Civil Veterinary Department Bengal reports 1933-51 - 1933-1951
Year: 1933
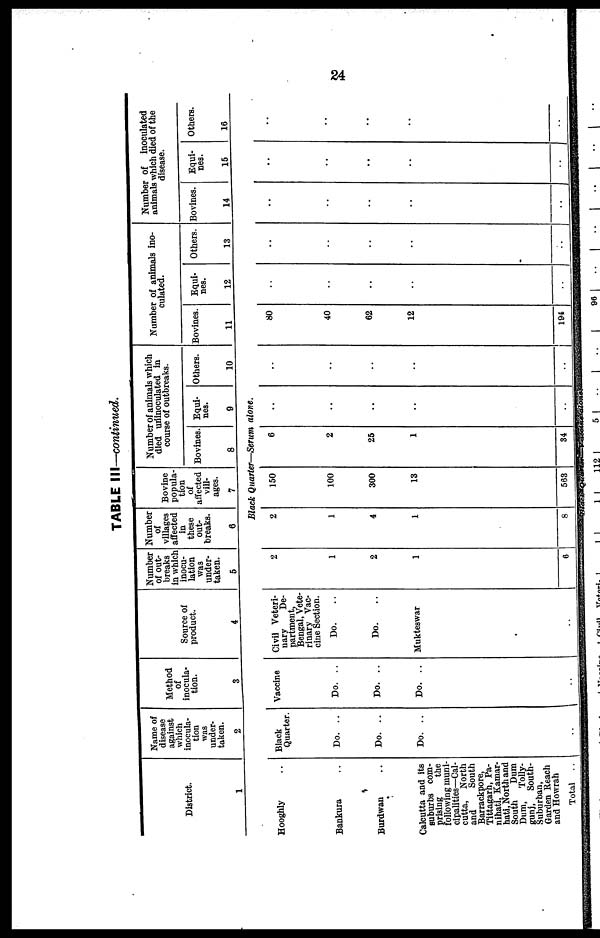
24
TABLE III—continued.
District.
1
Name of
disease
against
which
inocula-
tion
was
under-
taken.
2
Method
of
inocula-
tion.
3
Source of
product.
4
Number
of out-
breaks
in which
inocu-
lation
was
under-
taken.
5
Number
of
villages
affected
in
these
out-
breaks.
6
Bovine
popula-
tion
of
affected
vill-
ages.
7
Number of animals which
died uninoculated in
course of outbreaks.
Bovines
8
Equi¬
nes.
9
Others.
10
Number of animals ino-
culated.
Bovines.
11
Equi¬
nes.
12
Others.
13
Number of inoculated
animals which died of the
disease.
Bovines.
14
Equi¬
nes.
15
Others.
16
Black Quarter—Serum alone.
Hooghly ..
Bankura ..
Burdwan ..
Calcutta and its
suburbs com-
prising
the
following muni-
cipalities—Cal-
cutta, North
and
South
Barrackpore,
Tittagarh, Pa-
nihati, Kamar-
hati, North and
South
Dum
Dum,
Tolly-
gunj,
South-
Suburban,
Garden Reach
and Howrah
Total
..
Black
Quarter.
Do. ..
Do. ..
Do. ..
..
Vaccine
Do. ..
Do. ..
Do. ..
..
Civil Veteri-
nary
De-
partment,
Bengal, Vete-
rinary Vac-
cine Section.
Do. ..
Do. ..
Mukteswar
..
2
1
2
1
6
2
1
4
1
8
150
100
300
13
563
6
2
25
1
34
..
..
..
..
..
..
..
..
..
..
80
40
62
12
194
..
..
..
..
..
..
..
..
..
..
..
..
..
..
..
..
..
..
..
..
..
..
..
..
..